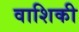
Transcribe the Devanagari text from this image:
वाशिकी